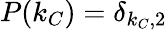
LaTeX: P(k_{C})=\delta_{k_{C},2}